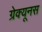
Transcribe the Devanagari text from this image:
ग्रेक्यूनस